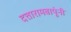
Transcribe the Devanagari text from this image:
दत्तारामबापूंनी